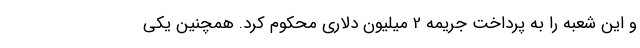
و این شعبه را به پرداخت جریمه 2 میلیون دلاری محکوم کرد. همچنین یکی